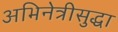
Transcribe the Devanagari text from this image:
अभिनेत्रीसुद्धा